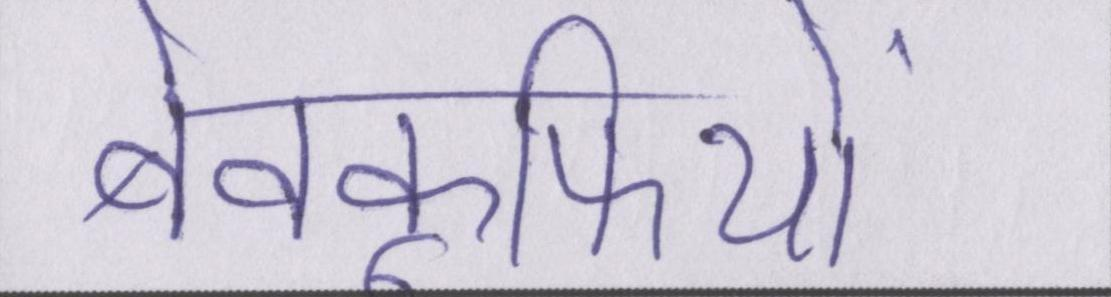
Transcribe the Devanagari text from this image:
बेवकूफियों